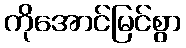
ကိုအောင်မြင်စွာ